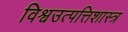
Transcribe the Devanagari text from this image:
विश्वउत्पत्तिशास्त्र